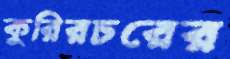
কুরিরচরের